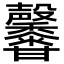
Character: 𤯒